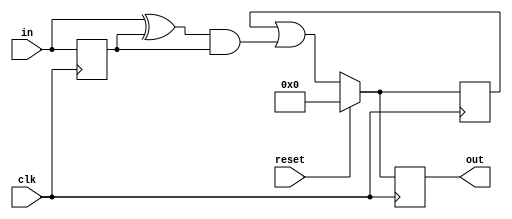
module top_module (
    input clk,
    input reset,
    input [31:0] in,
    output [31:0] out
);
    
    reg [31:0] old, result, tmp;
    initial tmp = 0;
    always @(posedge clk) begin
        if(reset) begin
            old = in;
            result = 0;
            out = 0;
        end
        else begin
            tmp = (in ^ old) & old;
            result = result | tmp;
            out = result;
            old = in;
        end
    end

endmodule